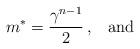
LaTeX: \begin{align*}m\sp {*} = {\gamma\sp {n-1} \over 2}\,,\;\;\;{\rm and}\end{align*}